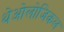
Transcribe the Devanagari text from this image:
थेओलोजिकल